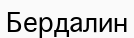
Бердалин